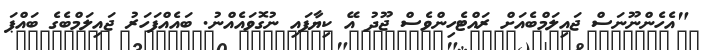
"އެހެންނޫނަސް ޖައިލަމްބެއަށް ރައްޓެހިންވެސް ޖޫދު އޭ ކިޔާފައި ނުގޮވައެއްނު. ބައެއްފަހަރު ޖައިލަމްބެގެ ބައްޕަ